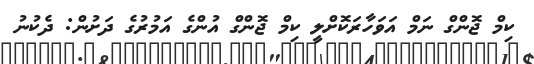
ކިމް ޖޮންގް ނަމް އަވަހާރަކޮށްލީ ކިމް ޖޮންގް އުންގެ އަމުރުގެ ދަށުން: ދެކުނު